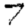
Digit: 7